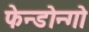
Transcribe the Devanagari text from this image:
फेन्डोन्गो